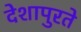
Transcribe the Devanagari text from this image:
देशापुरते